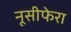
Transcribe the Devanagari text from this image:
नूसीफेरा